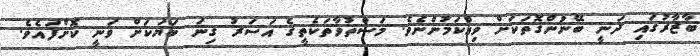
ބާޒާރުގައި ދަނީ ބޭނުންގޮތަކަށް ވިއްކަމުންނެވެ. މަސްތުވާތަކެތީގެ އަސަރު ގިނަ ބަޔަކަށް ވަނީ ކޮށްފައެވެ.